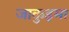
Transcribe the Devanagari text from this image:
जाकुइमा